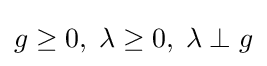
g\geq 0,\;\lambda \geq 0,\;\lambda \perp g